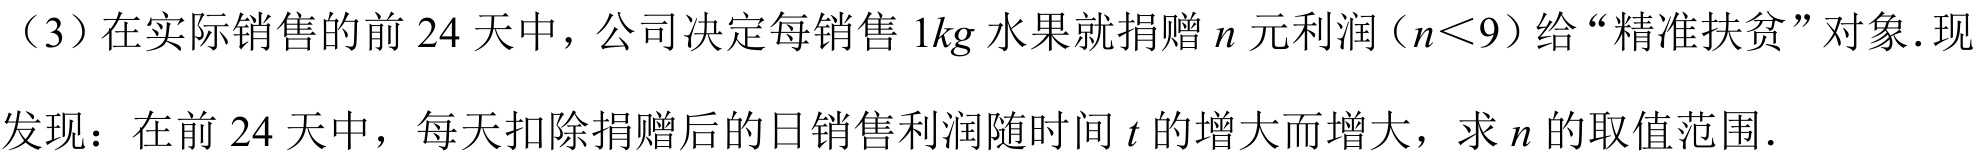
（3）在实际销售的前 \(24\) 天中，公司决定每销售 \(1kg\) 水果就捐赠 \(n\) 元利润（\(n<9\)）给“精准扶贫”对象．现发现：在前 \(24\) 天中，每天扣除捐赠后的日销售利润随时间 \(t\) 的增大而增大，求 \(n\) 的取值范围．